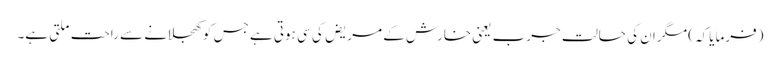
(فرمایا کہ) مگر ان کی حالت جرب یعنی خارش کے مریض کی سی ہوتی ہے جس کو کھجلانے سے راحت ملتی ہے۔